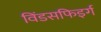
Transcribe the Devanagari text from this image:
विंडसफिइर्ग